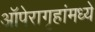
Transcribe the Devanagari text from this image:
ऑपेरागृहांमध्ये